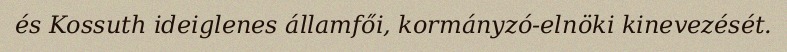
és Kossuth ideiglenes államfői, kormányzó-elnöki kinevezését.